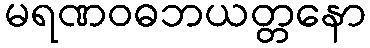
မရဏဝဓဘယတ္တနော